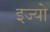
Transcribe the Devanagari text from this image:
इज्यो